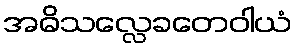
အဓိသလ္လေခတေဝါယံ